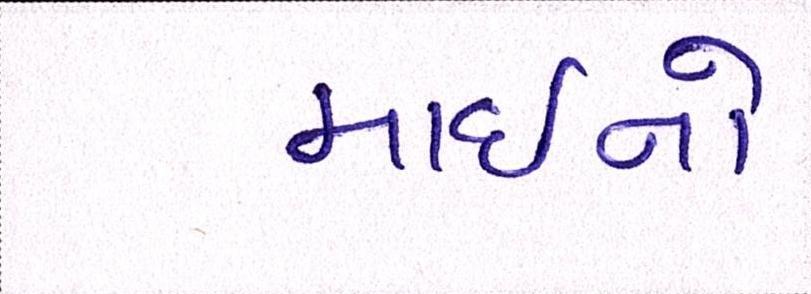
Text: માઇનો